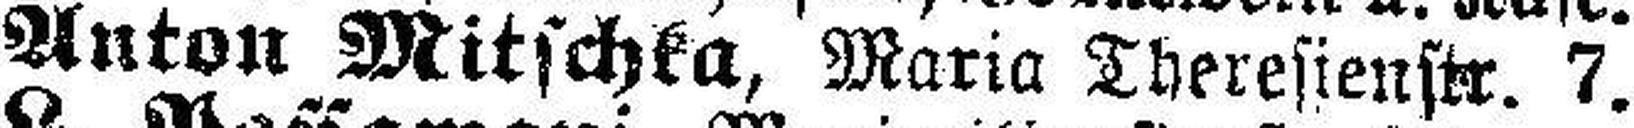
Anton Mitschka, Maria Theresienstr. 7.